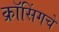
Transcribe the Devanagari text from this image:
क्रॉसिंगचे